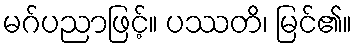
မဂ်ပညာဖြင့်။ ပဿတိ၊ မြင်၏။